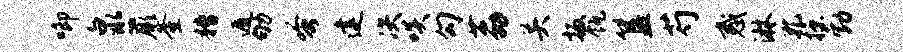
唧泉蕨釜糟遁劬蚤建决啖勾荔关扳瓴簋芍惑淋孔掠勃